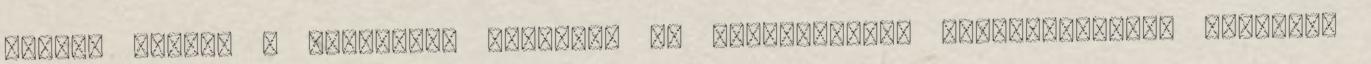
igény. Vagyis a vásárlási képesség és hajlandóság. Tömegmarketing esetében